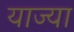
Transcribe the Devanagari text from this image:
याज्या